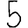
Digit: 5